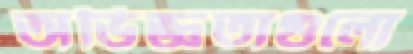
অভিজ্ঞতাগুলো